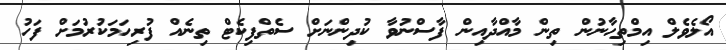
އޯލެވެލް އިމްތިހާނުން ތިން މާއްދާއިން ފާސްނުވާ ކުދިންނަށް ސެތްފިކެޓް ތިނެއް ފުރިހަމަކުރުމަށް ފަހު